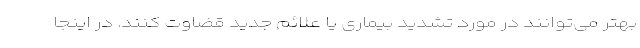
بهتر می‌توانند در مورد تشدید بیماری یا علائم جدید قضاوت کنند. در اینجا